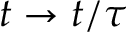
t \to t / \tau